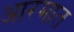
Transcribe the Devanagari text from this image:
आरमात